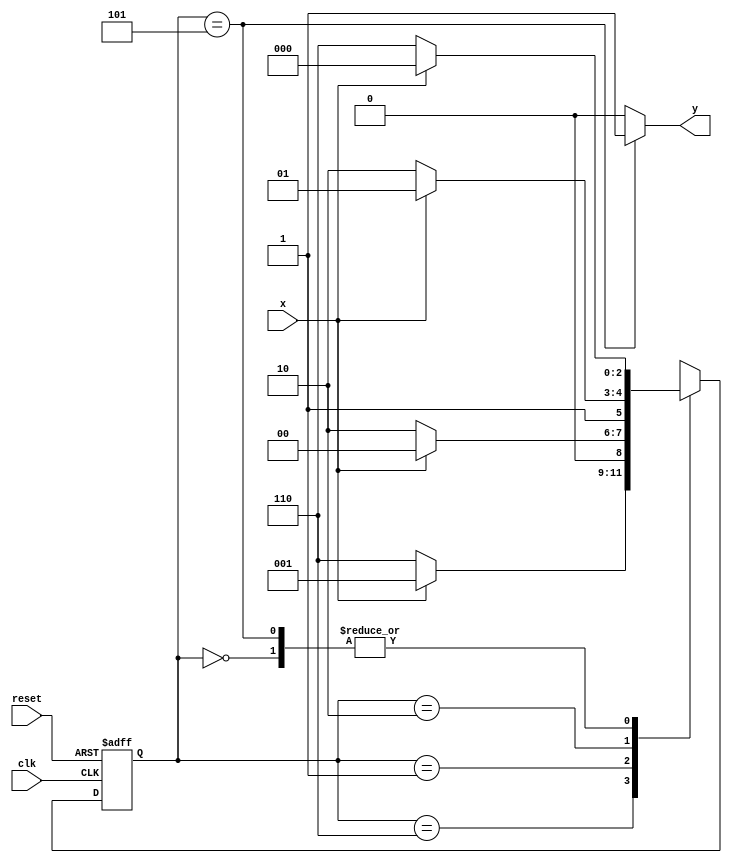
// Guia 10
// Karen Alves Pereira

// ---Exercicio 02

// constant definition
   `define found    1
   `define notfound 0

// FSM by Moore
   module  seq0110_moore ( y, x, clk, reset );

	output y;
	input  x;
	input  clk;
	input  reset;

	reg    y;

	parameter        // state identifiers
		start  = 3'b000,
		id0    = 3'b110,
		id01   = 3'b001,
		id011  = 3'b010,
		id0110 = 3'b101;  //  signal found

	reg [2:0] E1;	// current state variables
	reg [2:0] E2;	// next state logic output

	// next state logic
	
		always @( x or E1 )
		begin
		y = `notfound;
		
		case( E1 )
		start:
			if ( x )
				E2 = start;
			else
				E2 = id0;
			
			id0:
				if ( x )
					E2 = id01;
				else
					E2 = id0;
			
			id01:
				if ( x )
					E2 = start;
				else
					E2 = id011;
			
			id011:
				if ( x )
					E2 = id0110;
				else
					E2 = id0;
			
			id0110:
			if ( x )
				begin
			 		E2 = start;
					y = `found;
				end
			else
				begin
					E2 = id0;
					y = `found;
				end
			
			default:   // undefined statee  
				E2 = 3'bxxx;
				
		endcase
		end // always at signal or state changing


	// state variables
		always @( posedge clk or negedge reset )
		begin
			if ( reset )
				E1 = E2;    // updates current state
			else
				E1 = 0;     // reset
		end // always at signal changing

endmodule // seq0110_moore

// --------------------
// --- TESTE
// --------------------

 module teste;
 reg   clk, reset, x;
 wire  e01;

 seq0110_moore moore1 ( e01, x, clk, reset );

 initial
  begin
   $display ( "Karen Alves Pereira" );
   $display ( "Time     X   Ex_02" );

// initial values
       clk   = 1;
       reset = 0;
       x     = 0;

// input signal changing
   #5   reset = 1;
   #10  x = 0;
   #10  x = 1;
   #10  x = 1;
   #10  x = 0;
   #10  x = 0;
   #10  x = 1;
   #10  x = 0;
   #10  x = 1;

   #30 $finish;
 end // initial

 always
  #5 clk = ~clk;

 always @( posedge clk )
  begin
   $display ( "%4d  %4b  %4b", $time, x, e01 );
  end // always at positive edge clocking changing

endmodule